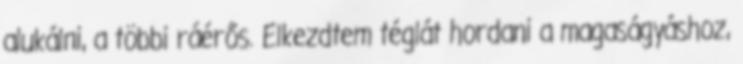
alukálni, a többi ráérős. Elkezdtem téglát hordani a magaságyáshoz,